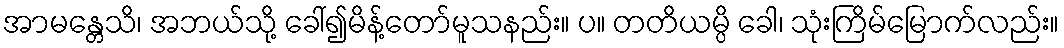
အာမန္တေသိ၊ အဘယ်သို့ ခေါ်၍မိန့်တော်မူသနည်း။ ပ။ တတိယမ္ပိ ခေါ၊ သုံးကြိမ်မြောက်လည်း။